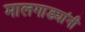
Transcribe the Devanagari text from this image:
मालगाड्यांनी